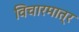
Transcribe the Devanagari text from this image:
विचारमात्र